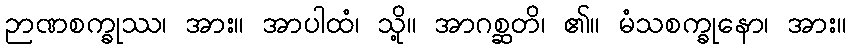
ဉာဏစက္ခုဿ၊ အား။ အာပါထံ၊ သို့။ အာဂစ္ဆတိ၊ ၏။ မံသစက္ခုနော၊ အား။